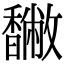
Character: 𩡡